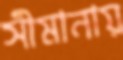
সীমানায়